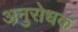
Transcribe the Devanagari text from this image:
अनुरोधक